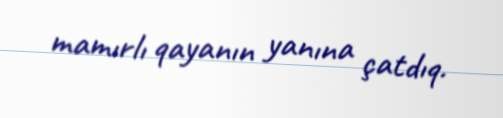
mamırlı qayanın yanına çatdıq.